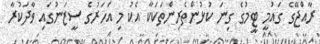
ރާއްޖޭގެ ގައުމީ ޓީމުގެ ގިނަ ކުޅުންތެރިންތަކަކާ އެކު މި އަހަރުގެ ސީޒަނުގައި ވާދަކުރާ